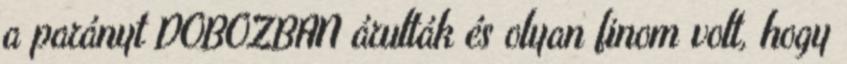
a parányt DOBOZBAN árulták és olyan finom volt, hogy